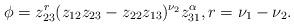
LaTeX: \begin{align*}\phi=z_{23}^r (z_{12}z_{23}-z_{22}z_{13})^{\nu_2} z_{31}^{\alpha},r=\nu_1-\nu_2.\end{align*}